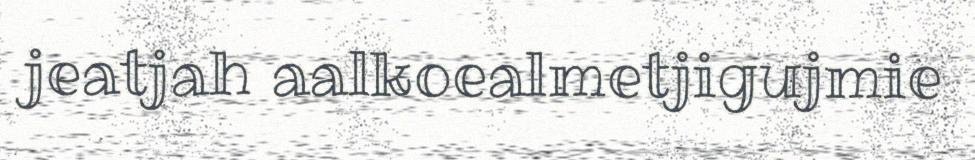
jeatjah aalkoealmetjigujmie